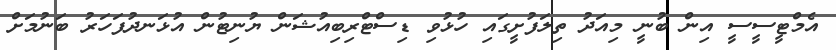
އެމްޓީސީސީ އިން ބުނީ މިއަދު ތިލަފުށީގައި ހުޅުވި ޑިސްޓްރިބިއުޝަން ޔުނިޓުން އުޅަނދުފަހަރު ބަނުމަށް